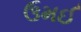
ઉમઈ